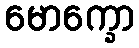
မောက္ခော